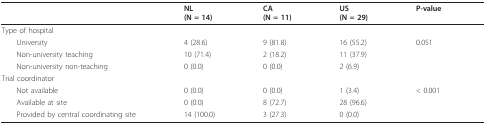
|  | NL(N = 14) | CA(N = 11) | US(N = 29) | P-value |
 | --- | --- | --- | --- | --- |
 | Type of hospital |  |  |  |  |
 | University | 4 (28.6) | 9 (81.8) | 16 (55.2) | 0.051 |
 | Non-university teaching | 10 (71.4) | 2 (18.2) | 11 (37.9) |  |
 | Non-university non-teaching | 0 (0.0) | 0 (0.0) | 2 (6.9) |  |
 | Trial coordinator |  |  |  |  |
 | Not available | 0 (0.0) | 0 (0.0) | 1 (3.4) | < 0.001 |
 | Available at site | 0 (0.0) | 8 (72.7) | 28 (96.6) |  |
 | Provided by central coordinating site | 14 (100.0) | 3 (27.3) | 0 (0.0) |  |